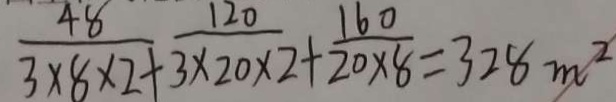
\frac { 4 8 } { 3 \times 8 \times 2 } + \frac { 1 2 0 } { 3 \times 2 0 \times 2 } + \frac { 1 6 0 } { 2 0 \times 8 } = 3 2 8 m ^ { 2 }